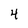
Character: 4